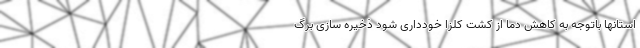
استانها باتوجه به کاهش دما از کشت کلزا خودداری شود ذخیره سازی برگ